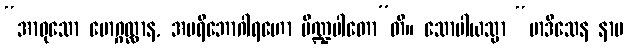
“အာဝုသော မောဂ္ဂလ္လာန, အပရိဘောဂါရဟော ပိဏ္ဍပါတော”တိ။ သောပါယသ္မာ “မာဒိသေန နာမ